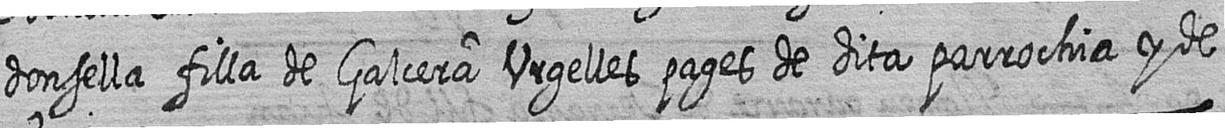
donsella filla de Galcera Urgelles pages de dita parrochia y de